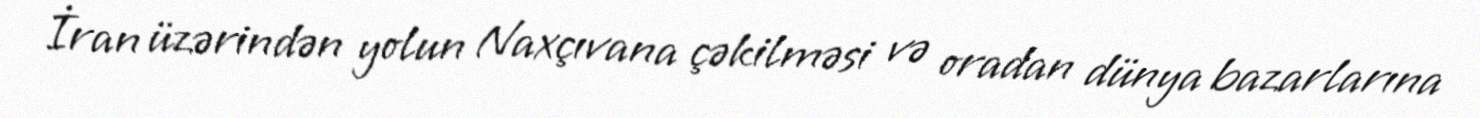
İran üzərindən yolun Naxçıvana çəkilməsi və oradan dünya bazarlarına